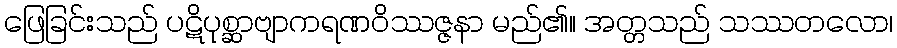
ဖြေခြင်းသည် ပဋိပုစ္ဆာဗျာကရဏဝိဿဇ္ဇနာ မည်၏။ အတ္တသည် သဿတလော၊